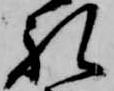
礼